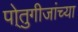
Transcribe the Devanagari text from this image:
पो्तुगीजांच्या